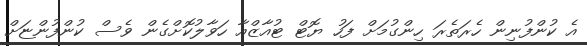
އެ ކުންފުނިން ހެރަތެރަ ހިންގުމަށް ފަހު ޔޮޓް ޓުއާޒްއާ ހަވާލުކޮށްގެން ވެސް ކުންފުންޏަށް